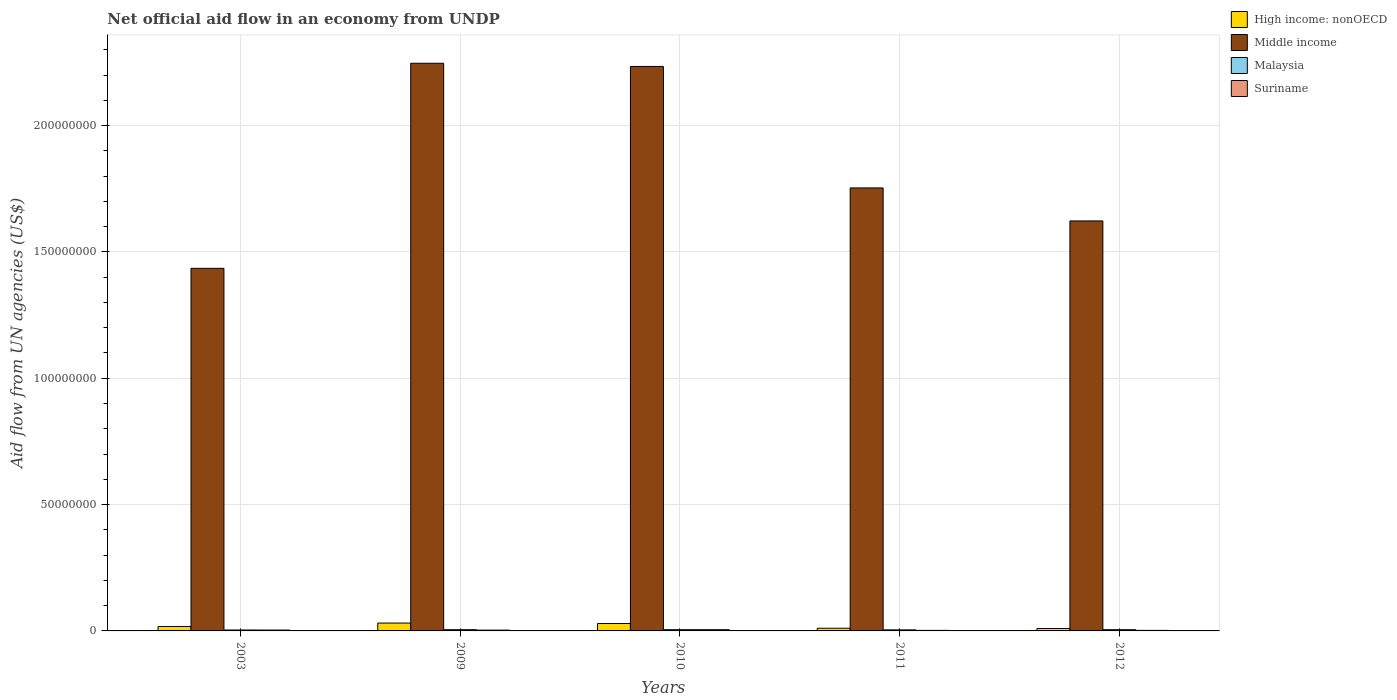
| Years | High income: nonOECD | Middle income | Malaysia | Suriname |
 | --- | --- | --- | --- | --- |
 | 2003 | 1.76e+06 | 1.44e+08 | 3.7e+05 | 3.4e+05 |
 | 2009 | 3.11e+06 | 2.25e+08 | 4.9e+05 | 3.2e+05 |
 | 2010 | 2.93e+06 | 2.23e+08 | 4.9e+05 | 4.9e+05 |
 | 2011 | 1.06e+06 | 1.75e+08 | 4.2e+05 | 2.2e+05 |
 | 2012 | 9.5e+05 | 1.62e+08 | 4.9e+05 | 2.2e+05 |